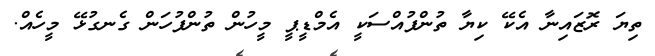
ތިޔަ ރޮޒައިނާ އެކޭ ކިޔާ ތުންފުއްސަކީ އެމްޑީޕީ މީހުން ތުންފުހަން ގެނގުޅޭ މީހެއް.